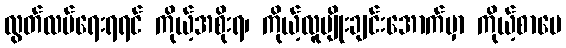
လွတ်လပ်ရေးရရင် ကိုယ့်အစိုးရ၊ ကိုယ့်လူမျိုးချင်းအောက်မှာ ကိုယ့်စာပေ